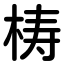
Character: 梼